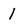
Character: 1